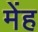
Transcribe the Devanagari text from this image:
मेंह